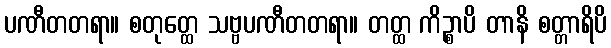
ပဏီတတရာ။ စတုတ္ထေ သဗ္ဗပဏီတတရာ။ တတ္ထ ကိဉ္စာပိ တာနိ စတ္တာရိပိ